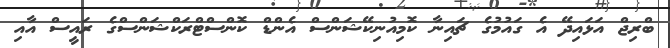
ބްރިޖް އަޅައިދޭ އެ ގައުމުގެ ޗައިނާ ކޮމިއުނިކޭޝަންސް އެންޑް ކޮންސްޓްރަކްޝަންސްގެ ރައީސް އާއި